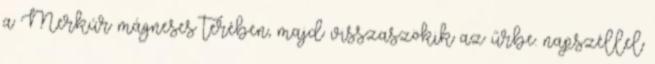
a Merkúr mágneses terében, majd visszaszökik az űrbe. napszéllel